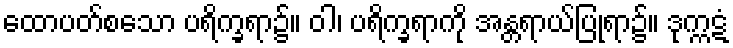
ထောပတ်စသော ပရိက္ခရာ၌။ ဝါ၊ ပရိက္ခရာကို အန္တရာယ်ပြုရာ၌။ ဒုက္ကဋံ